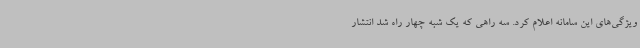
ویژگی‌های این سامانه اعلام کرد. سه راهی که یک شبه چهار راه شد انتشار